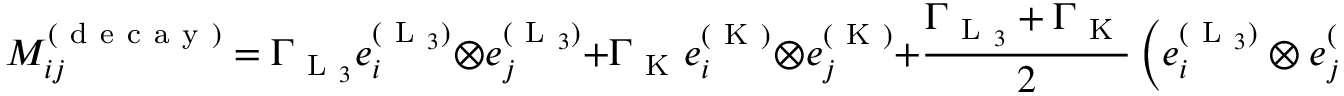
M _ { i j } ^ { ( \mathrm { ~ d ~ e ~ c ~ a ~ y ~ } ) } = \Gamma _ { \mathrm { ~ L ~ } _ { 3 } } e _ { i } ^ { ( \mathrm { ~ L ~ } _ { 3 } ) } \otimes e _ { j } ^ { ( \mathrm { ~ L ~ } _ { 3 } ) } + \Gamma _ { \mathrm { ~ K ~ } } e _ { i } ^ { ( \mathrm { ~ K ~ } ) } \otimes e _ { j } ^ { ( \mathrm { ~ K ~ } ) } + \frac { \Gamma _ { \mathrm { ~ L ~ } _ { 3 } } + \Gamma _ { \mathrm { ~ K ~ } } } { 2 } \left( e _ { i } ^ { ( \mathrm { ~ L ~ } _ { 3 } ) } \otimes e _ { j } ^ { ( \mathrm { ~ K ~ } ) } + e _ { i } ^ { ( \mathrm { ~ K ~ } ) } \otimes e _ { j } ^ { ( \mathrm { ~ L ~ } _ { 3 } ) } \right) ,